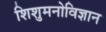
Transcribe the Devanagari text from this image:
शिशुमनोविज्ञान